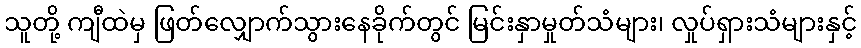
သူတို့ ကျီထဲမှ ဖြတ်လျှောက်သွားနေခိုက်တွင် မြင်းနှာမှုတ်သံများ၊ လှုပ်ရှားသံများနှင့်